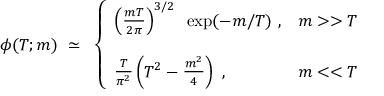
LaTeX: \phi ( T ; m ) ~ \simeq ~ \left\{ \begin{array} { l l } { { \left( \frac { m T } { 2 \pi } \right) ^ { 3 / 2 } ~ \exp ( - m / T ) ~ , } } & { { m > > T } } \\ { { } } & { { } } \\ { { \frac { T } { \pi ^ { 2 } } \left( T ^ { 2 } - \frac { m ^ { 2 } } { 4 } \right) ~ , } } & { { m < < T } } \end{array} \right.